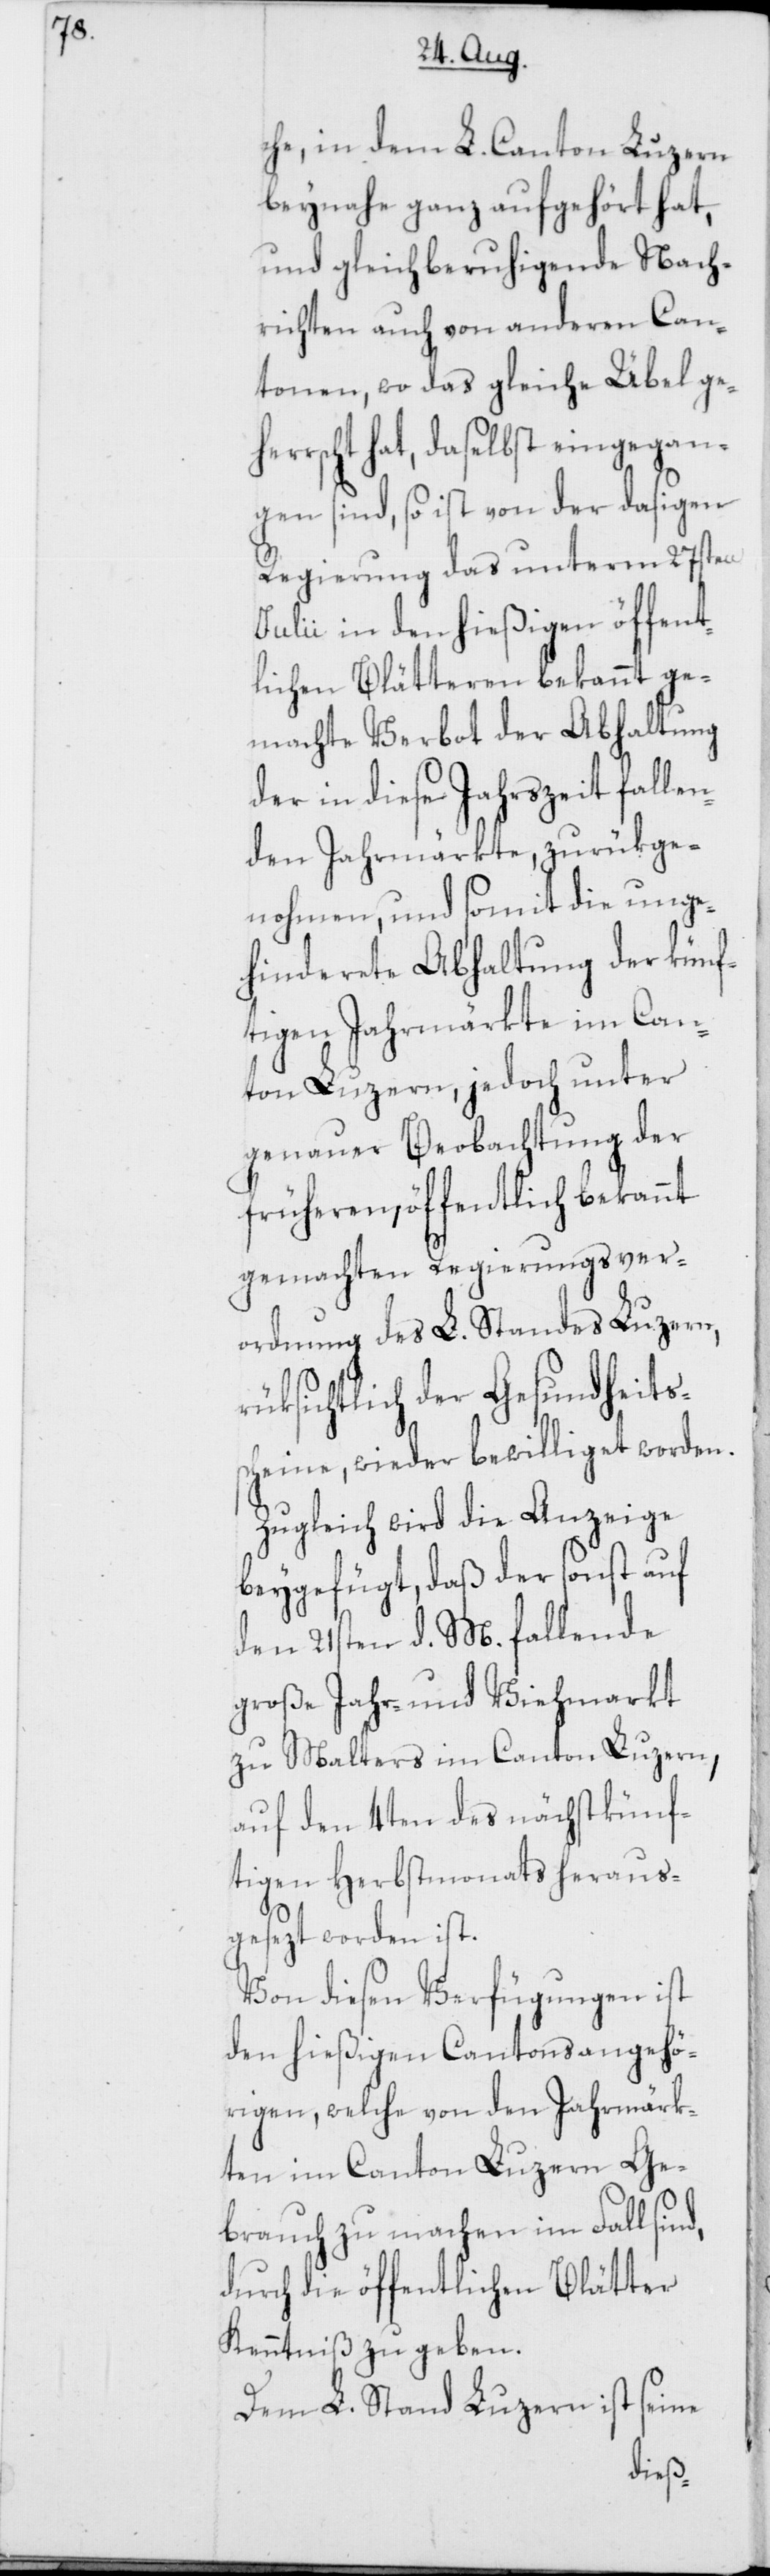
che, in dem L. Canton Luzern
beynahe ganz aufgehört hat,
und gleichberuhigende Nach¬
richten auch von anderen Can¬
tonen, wo das gleiche Übel gehe¬
rrscht hat, daselbst eingegan¬
gen sind, so ist von der dasigen
Regierung das unterm 27sten
Julii in den hießigen öffent¬
lichen Blätteren bekannt ge¬
machte Verbot der Abhaltung
der in diese Jahrszeit fallen¬
den Jahrmärkte zurükge¬
nohmen, und somit die unge¬
hinderete Abhaltung der künf¬
tigen Jahrmärkte im Can¬
ton Luzern, jedoch unter
genauer Beobachtung der
früheren, öffentlich bekannt
gemachten Regierungsver¬
ordnung des L. Standes Luzern,
rüksichtlich der Gesundheits¬
scheine, wieder bewilliget worden.
Zugleich wird die Anzeige
beygefügt, daß der sonst auf
den 21sten d. M. fallende
große Jahr- und Viehmarkt
zu Malters im Canton Luzern,
auf den 4ten des nächstkünf¬
tigen Herbstmonats heraus¬
gesezt worden ist.
Von diesen Verfügungen ist
den hießigen Cantonsangehö¬
rigen, welche von den Jahrmärk¬
ten im Canton Luzern Ge¬
brauch zu machen im Fall sind,
durch die öffentlichen Blätter
Kenntniß zu geben.
Dem L. Stand Luzern ist seine